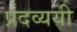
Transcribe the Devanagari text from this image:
प्रदव्ययी